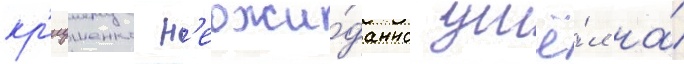
кр'иушенко н'еожи́данно ушё́л на́